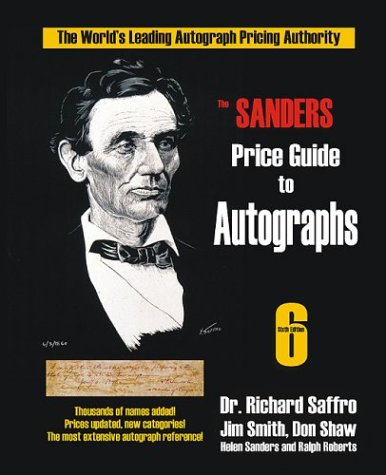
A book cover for The Sanders Price Guide to Autographs: The World's Leading Autograph Pricing Authority, Sixth Edition; Richard Saffro; Crafts, Hobbies & Home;